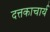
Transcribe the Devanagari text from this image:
दत्तकाचार्य